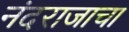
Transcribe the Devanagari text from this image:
नंदराजाचा